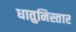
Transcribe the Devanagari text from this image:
धातुनिस्तार